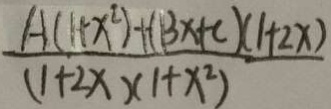
\frac { A ( 1 + x ^ { 2 } ) + ( 1 3 x + c ) ( 1 + 2 x ) } { ( 1 + 2 x ) ( 1 + x ^ { 2 } ) }